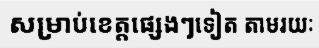
សម្រាប់ខេត្តផ្សេងៗទៀត តាមរយៈ